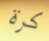
كرة